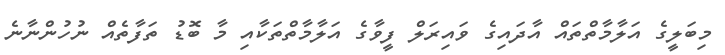
މިބަލީގެ އަލާމާތްތައް އާދައިގެ ވައިރަލް ފީވާގެ އަލާމާތްތަކާއި މާ ބޮޑު ތަފާތެއް ނުހުންނާނެ